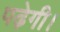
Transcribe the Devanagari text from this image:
पढ़ेगी।